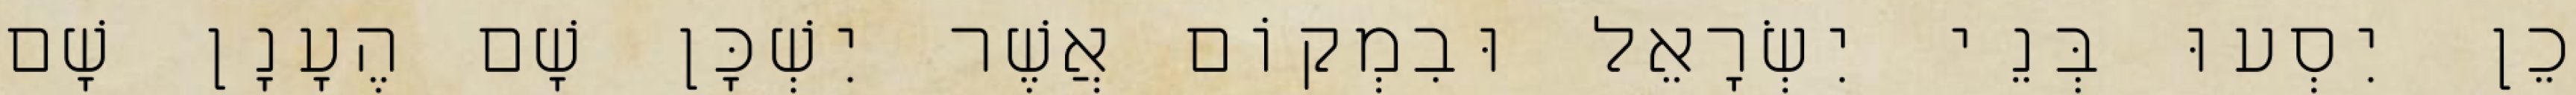
כֵן יִסְעוּ בְּנֵי יִשְׂרָאֵל וּבִמְקוֹם אֲשֶׁר יִשְׁכָּן שָׁם הֶעָנָן שָׁם